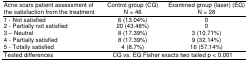
| Acne scars patient assessment of the satisfaction from the treatment | Control group (CG) N = 46 | Examined group (laser) (EG) N = 28 |
 | --- | --- | --- |
 | 1 - Not satisfied | 6 (13.04%) | 0 |
 | 2 - Partially not satisfied | 20 (43.48%) | 0 |
 | 3 – Neutral | 8 (17.39%) | 3 (10.71%) |
 | 4 - Partially satisfied | 8 (17.39%) | 9 (32.14%) |
 | 5 - Totally satisfied | 4 (8.7%) | 16 (57.14%) |
 | Tested differences | <COLSPAN=2> CG vs. EG Fisher exacts two tailed p < 0.001 |